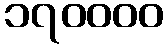
၁၇၀၀၀၀